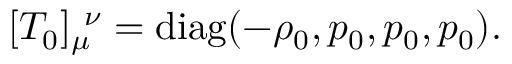
[ T _ { 0 } ] _ { \mu } ^ { \ \nu } = { \mathrm { d i a g } } ( - \rho _ { 0 } , p _ { 0 } , p _ { 0 } , p _ { 0 } ) .